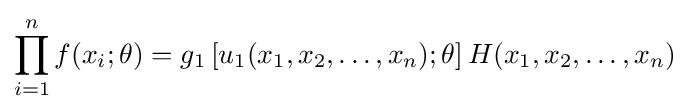
\prod _{i=1}^{n}f(x_{i};\theta )=g_{1}\left[u_{1}(x_{1},x_{2},\dots ,x_{n});\theta \right]H(x_{1},x_{2},\dots ,x_{n})